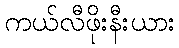
ကယ်လီဖိုးနီးယား